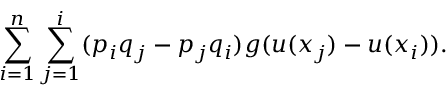
\sum _ { i = 1 } ^ { n } \sum _ { j = 1 } ^ { i } ( p _ { i } q _ { j } - p _ { j } q _ { i } ) g ( u ( x _ { j } ) - u ( x _ { i } ) ) .